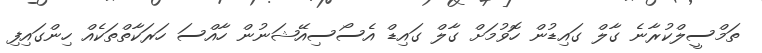
ތަމްސީލްކުރާނެ ގާލް ގައިޑުން ހޮވުމަށް ގާލް ގައިޑް އެސޯސިއޭޝަނުން ހާއްސަ ހަރަކާތްތަކެއް ހިންގައިފި